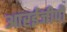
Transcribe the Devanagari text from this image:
आरईजीपी